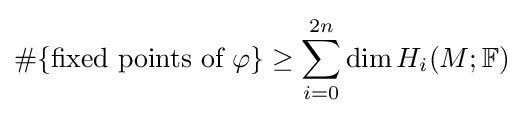
\#\{{\text{fixed points of }}\varphi \}\geq \sum _{i=0}^{2n}\dim H_{i}(M;{\mathbb {F} })